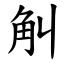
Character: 觓